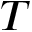
T